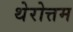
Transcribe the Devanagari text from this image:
थेरोत्तम